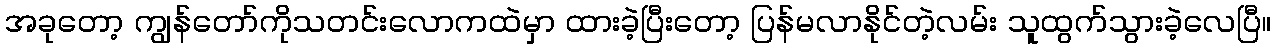
အခုတော့ ကျွန်တော်ကိုသတင်းလောကထဲမှာ ထားခဲ့ပြီးတော့ ပြန်မလာနိုင်တဲ့လမ်း သူထွက်သွားခဲ့လေပြီ။